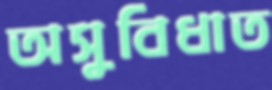
অসুবিধাত